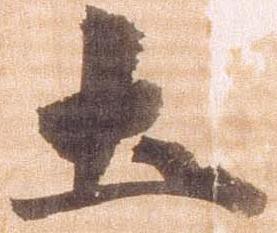
土